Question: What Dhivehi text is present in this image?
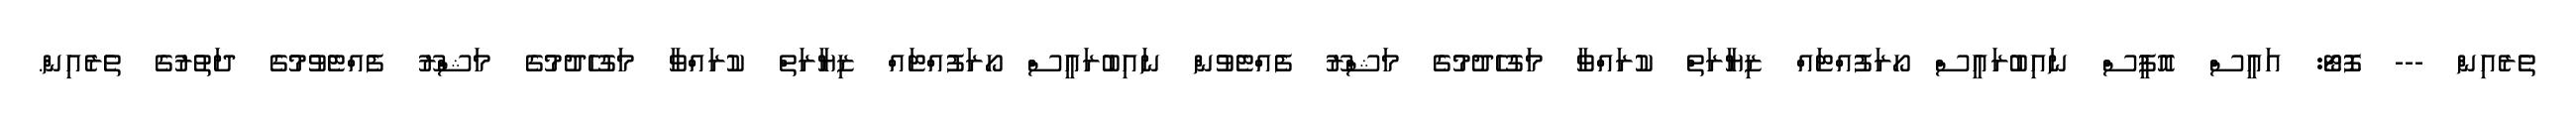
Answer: ތެރެއިން --- ފޮޓޯ: އައީސް އޮފީސް ނައިބުރައީސް ހޯރަފުއްޓައް ޒިޔާރަތް ކުރައްވާ މަގުހެދުމުގެ މަޝްރޫ ފެއްޓެވުން ނައިބުރައީސް ހޯރަފުއްޓައް ޒިޔާރަތް ކުރައްވާ މަގުހެދުމުގެ މަޝްރޫ ފެއްޓެވުމުގެ ދަތުރުގެ ތެރެއިން.